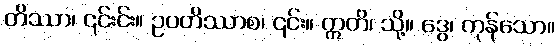
တိဿာ၊ ၎င်းင်း။ ဥပတိဿာစ၊ ၎င်း။ ဣတိ၊ သို့။ ဒွေ၊ ကုန်သော။